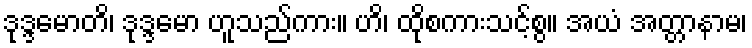
ဒုဒ္ဒမောတိ၊ ဒုဒ္ဒမော ဟူသည်ကား။ ဟိ၊ ထိုစကားသင့်စွ။ အယံ အတ္တာနာမ၊